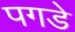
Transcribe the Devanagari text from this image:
पगडे